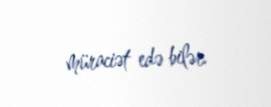
müraciət edə bilər.